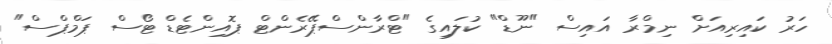
ހަރު ކައިރިއަށް ނިމްރާ އައިސް "ނޫޑް" ކުލައިގެ "ޓްރާންސްޕޭރެންޓް ޕޮއިންޓެޑް ޓޯސް ޕަމްޕްސް"